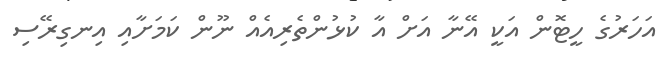
އަހަރުގެ ހީޓޮން އަކީ އޭނާ އަށް އާ ކުޅުންތެރިއެއް ނޫން ކަމަށާއި އިނގިރޭސި